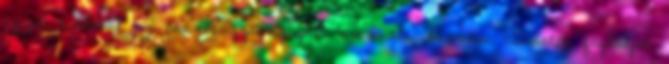
ezzel kialakul az összefüggõ nyugati arcvonal. Amerikai csapatok foglalják